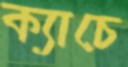
ক্যাচে